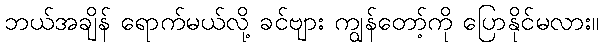
ဘယ်အချိန် ရောက်မယ်လို့ ခင်ဗျား ကျွန်တော့်ကို ပြောနိုင်မလား။